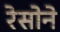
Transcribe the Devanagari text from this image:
रेसोने